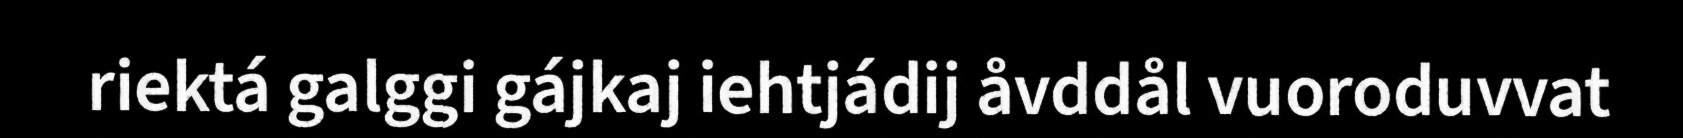
riektá galggi gájkaj iehtjádij åvddål vuoroduvvat